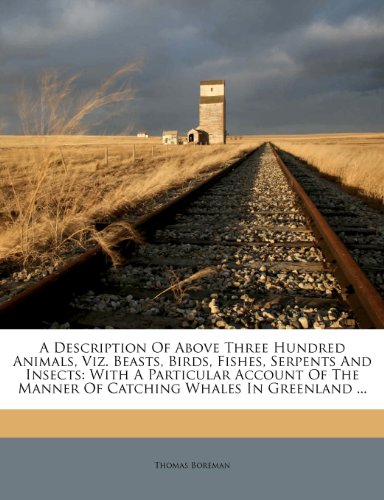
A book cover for A Description Of Above Three Hundred Animals, Viz. Beasts, Birds, Fishes, Serpents And Insects: With A Particular Account Of The Manner Of Catching Whales In Greenland ...; Thomas Boreman; History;